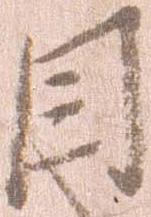
目